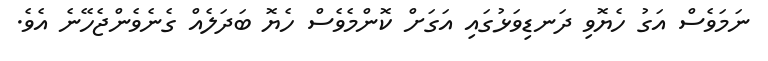
ނަމަވެސް އަގު ހެޔޮވި ދަނޑިވަޅުގައި އަގަށް ކޮންމެވެސް ހެޔޮ ބަދަލެއް ގެނެވެންޖެހޭނެ އެވެ.